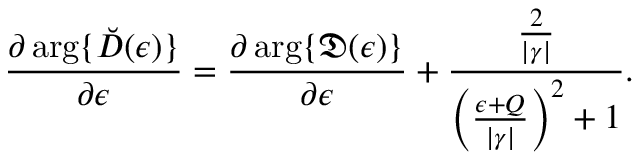
\frac { \partial \arg \{ \breve { D } ( \epsilon ) \} } { \partial \epsilon } = \frac { \partial \arg \{ \mathfrak { D } ( \epsilon ) \} } { \partial \epsilon } + \frac { \frac { 2 } { | \gamma | } } { { \left( \frac { \epsilon + Q } { | \gamma | } \right) } ^ { 2 } + 1 } .